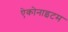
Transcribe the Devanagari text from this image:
ऐकोनाइटम